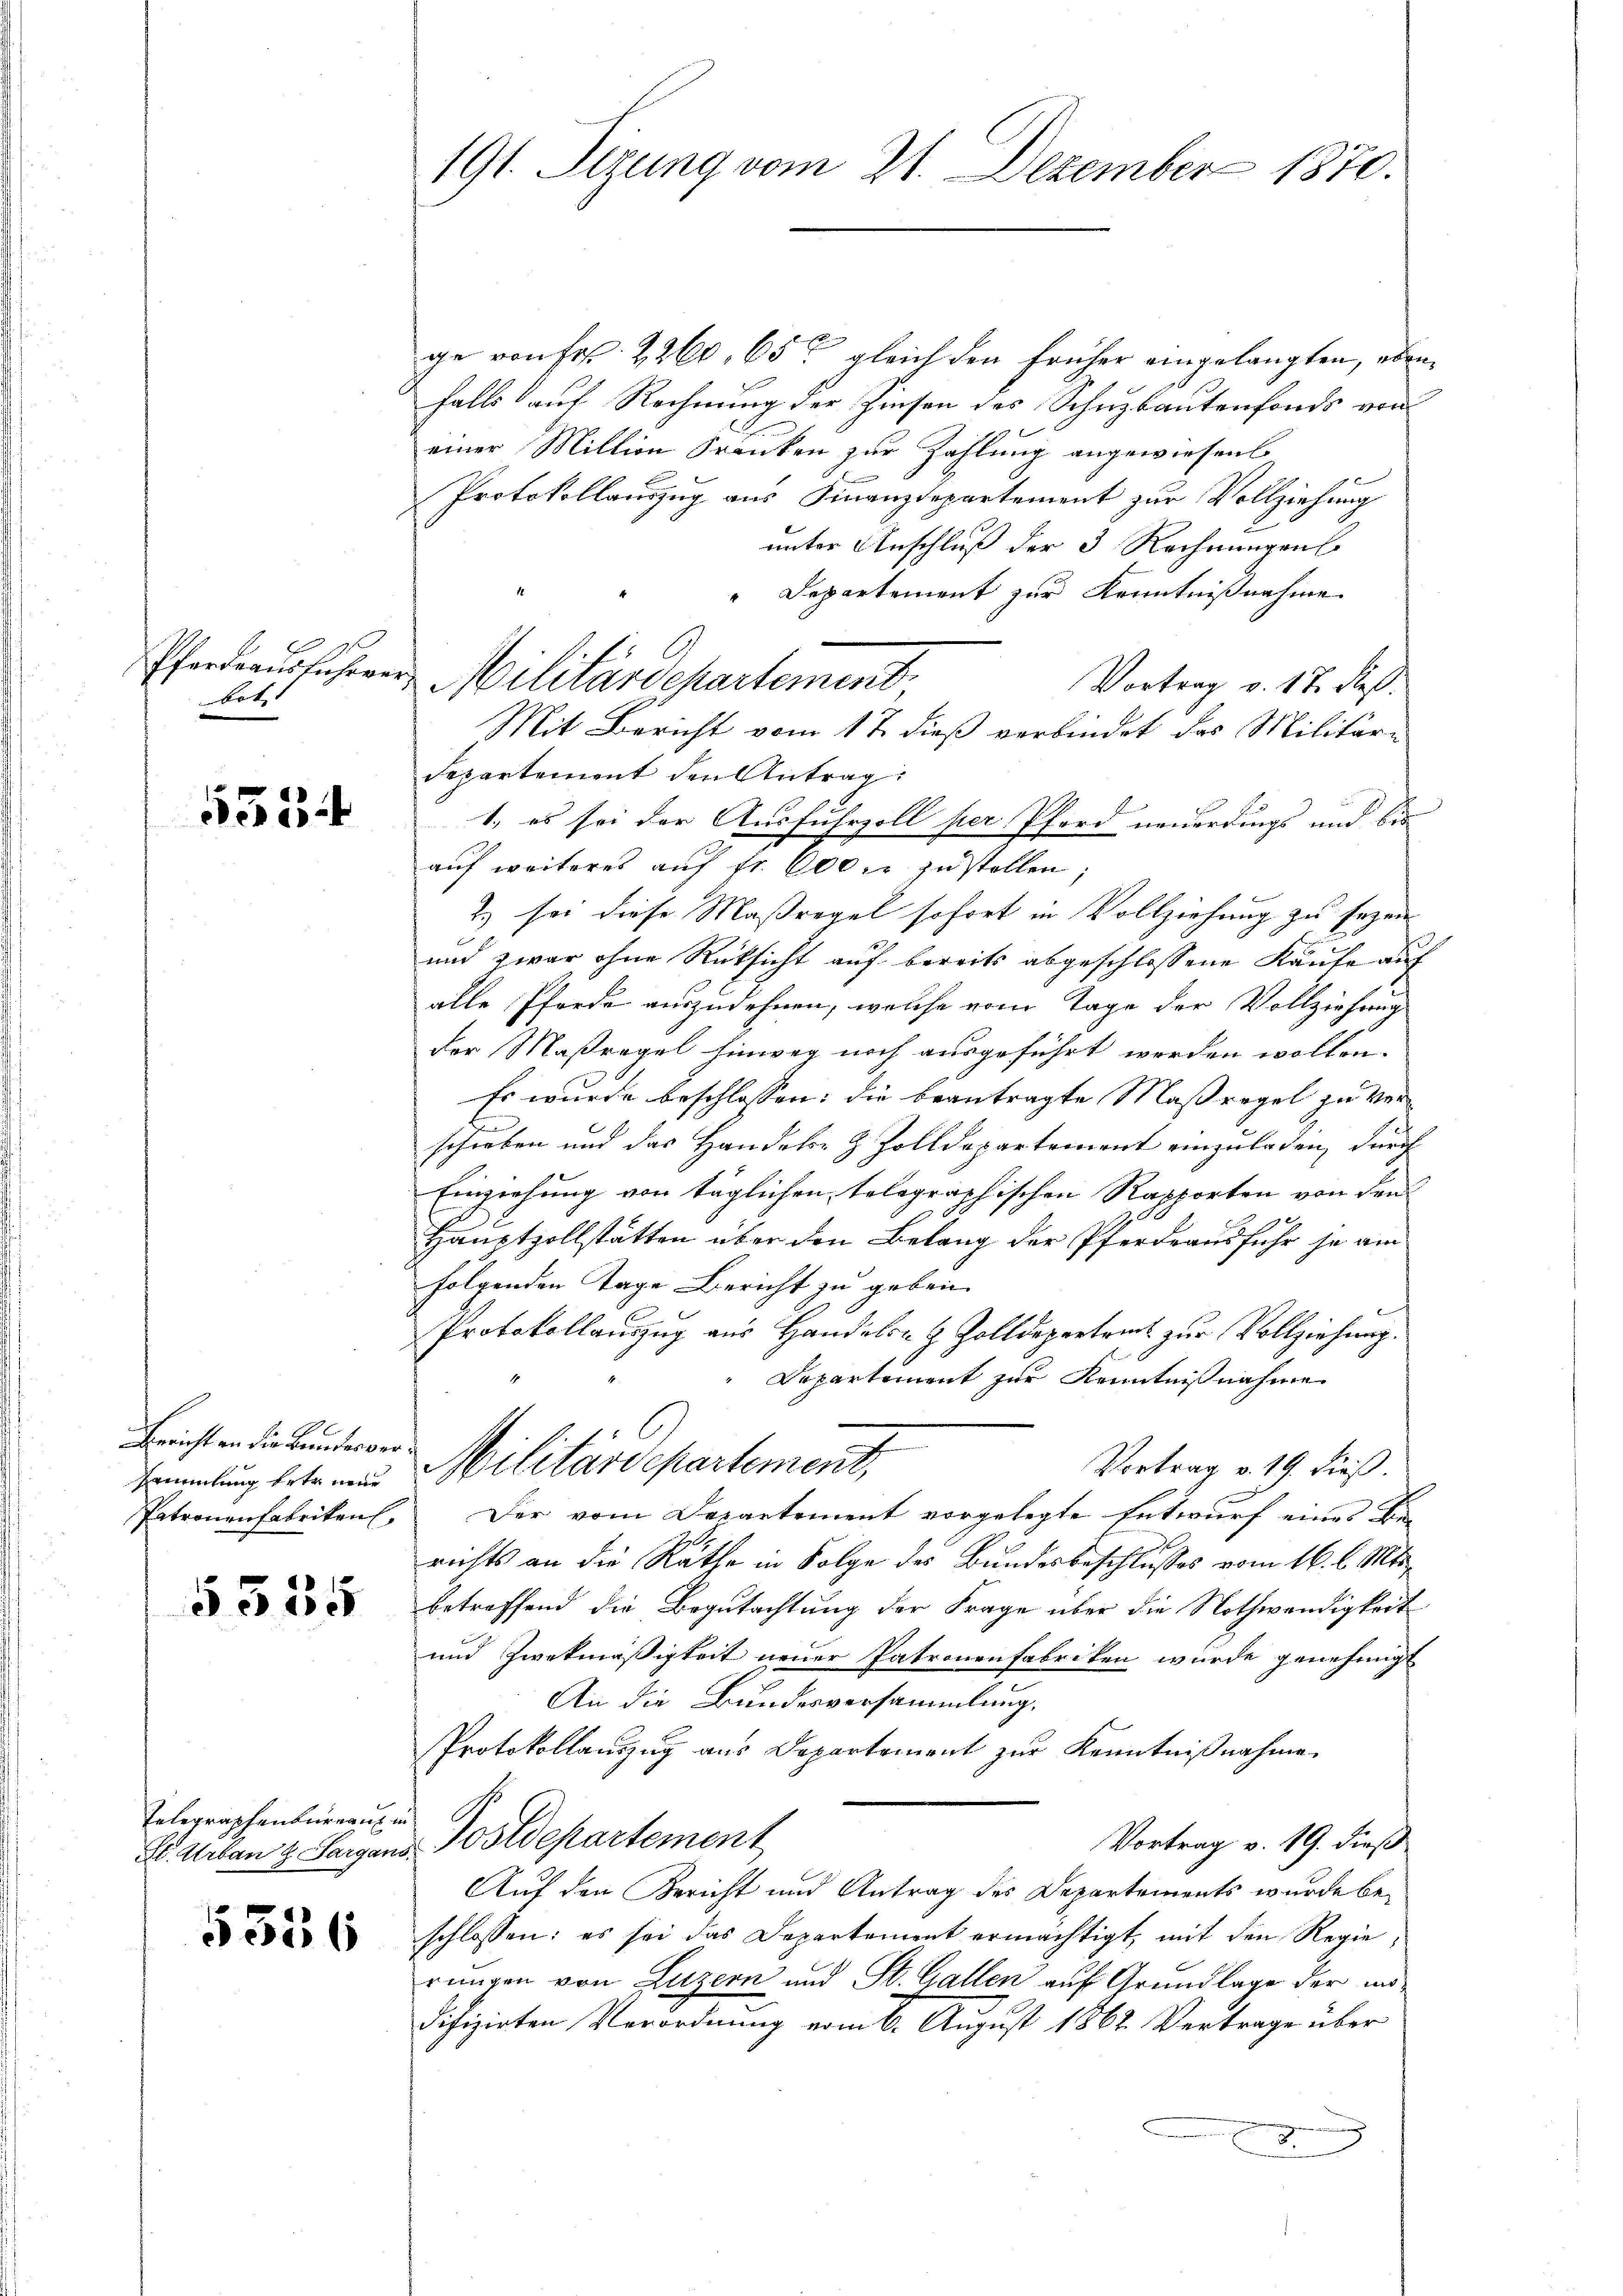
Pferdeausführen
bot.

1534

4
Bericht an die Bundesver¬
Patronenfabriken,

5355

Telegraphenbureau in

5336

191. Sizung vom 21. Dezember 1870.

ge von fr. 2260, 65 gleich den früher eingelangten, eben
falls auf Rechnung der Zinsen des Schuzbautenfonds von
einer Million Franken zur Zahlung angewiesen.
Protokollauszug aus Finanzdepartement zur Vollziehung
unter Anschluß der 3 Rechnungen
"Departement zur Kenntnißnahme
Vortrag v. 17. dieß.
Mit Bericht vom 17. dieß verbindet das Militäri
Departement den Antrag:
1., es sei der Ausfuhrzoll per Pford neuerdings und bis
auf weiteres auf fr. 600 fr zustellen;
2) sei diese Maßregel sofort in Vollziehung zu sezei
und zwar ohne Rücksicht auf bereits abgeschlossene Kaufe auf
alle Pferde auszudehnen, welche vom Tage der Vollziehung
der Maßregel Einweg noch ausgeführt werden wollen.
Es wurde beschlossen: die beantragte Maßregel zu ver
E
schieben und das Handeln & Zolldepartement einzuladen, durch
Einziehung von täglichen tolographischen Rapporten von den
Hauptzollstätten über den Belang der Pferdeausfuhr se am
folgenden Tage Bericht zu geben.
l
Protokollauszug aus Handeln & Zolldeparteil zur Vollziehung.
Departiment zur Kenntnißnahme
Vortrag v. 19. dieß.
sammlung betr. und Militärdepartement,
Der vom Departement vorgelegte Entwurf eines Berichts an die Räthe in Folge des Bundesbeschlusses vom 16. l. Mts.
betreffend die Begutachtung der Frage über die Nothwendigkeit
und Zweckmäßigkeit neuer Patronenfabriken wurde genehmigt
An die Bundesversammlung.
Protokollauszug aus Departement zur Kenntnißnahme
Vortrag v. 19. dieß
E. Urban & Sargans Postdepartement
Auf den Bericht und Antrag des Departements wurde be-
schlossen: es sei das Departement ermächtigt, mit den Regie
rungen von Luzern und St. Gallen auf Grundlage der modifizirten Verordnung vom 6. August 1862. Vertrage über
E

v. Militärdepartement